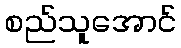
စည်သူအောင်